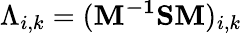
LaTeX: {\Lambda_{i,k}}={({{\mathbf{M}}^{{\mathbf{-1}}}}{\mathbf{SM}})_{i,k}}